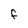
Character: F